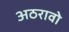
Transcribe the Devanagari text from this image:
अठरावो